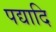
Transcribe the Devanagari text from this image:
पद्यादि